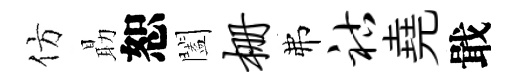
仿朂恕闔栅弗祜堯戢